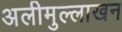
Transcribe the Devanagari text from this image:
अलीमुल्लाखन